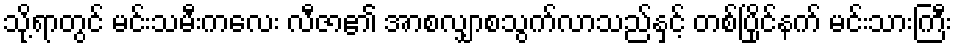
သို့ရာတွင် မင်းသမီးကလေး လီဇာ၏ အာစလျှာစသွက်လာသည်နှင့် တစ်ပြိုင်နက် မင်းသားကြီး